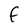
Character: F